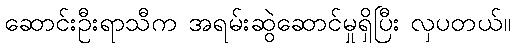
ဆောင်းဦးရာသီက အရမ်းဆွဲဆောင်မှုရှိပြီး လှပတယ်။